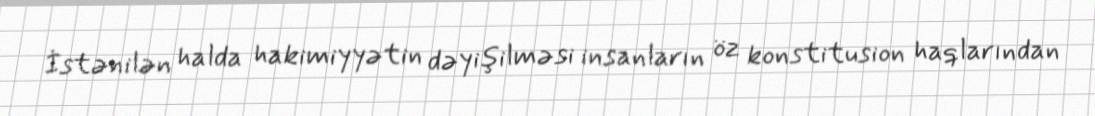
İstənilən halda hakimiyyətin dəyişilməsi insanların öz konstitusion haqlarından